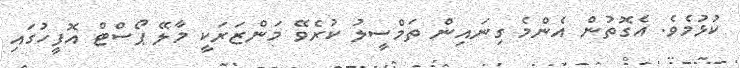
ކުޅުމެވެ. އެގޮތުން އެންމެ ގިނައިން ތަމްސީލު ކުރެވޭ މަންޒަރަކީ މާލޭ ޕޯސްޓް އޮފީހުގައި